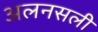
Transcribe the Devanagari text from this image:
अलनसली